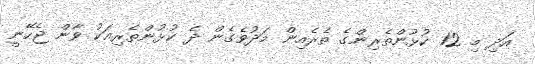
އަދި މި 12 ކުޅުންތެރިންގެ ތެރެއިން މަދުވެގެން ދެ ކުޅުންތެރިއަކު ވާން ޖެހޭނީ